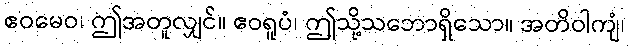
ဧဝမေဝ၊ ဤအတူလျှင်။ ဧဝရူပံ၊ ဤသို့သဘောရှိသော။ အတိဝါကျံ၊